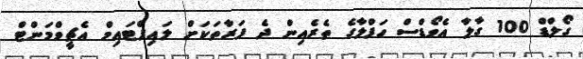
ގޯލްޑް 100 ގާލާ އެވޯޑްސް ހަފްލާގެ ތެރެއިން ދެ ފަރާތަކަށް ލައިފްޓައިމް އެޗީވްމަންޓް